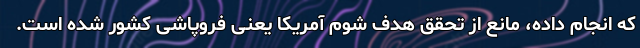
که انجام داده، مانع از تحقق هدف شوم آمریکا یعنی فروپاشی کشور شده است.